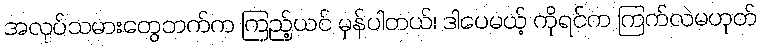
အလုပ်သမားတွေဘက်က ကြည့်ယင် မှန်ပါတယ်၊ ဒါပေမယ့် ကိုရင်က ကြက်လဲမဟုတ်